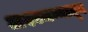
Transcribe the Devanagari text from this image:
अश्वजन्मातून